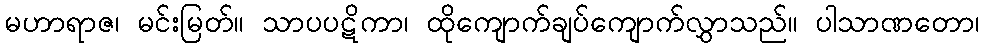
မဟာရာဇ၊ မင်းမြတ်။ သာပပဋိကာ၊ ထိုကျောက်ချပ်ကျောက်လွှာသည်။ ပါသာဏတော၊